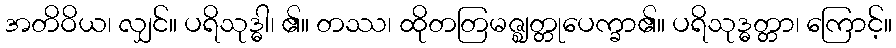
အတိဝိယ၊ လျှင်။ ပရိသုဒ္ဓါ၊ ၏။ တဿ၊ ထိုတတြမဇ္ဈတ္တုပေက္ခာ၏။ ပရိသုဒ္ဓတ္တာ၊ ကြောင့်။